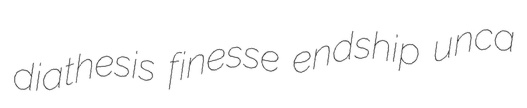
diathesis finesse endship unca